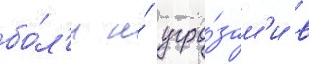
бо́л'и и́ угро́зам'и в